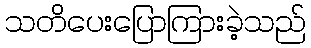
သတိပေးပြောကြားခဲ့သည်